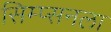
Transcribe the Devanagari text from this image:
सिम्प्सनला